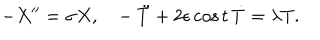
- X ^ { \prime \prime } = \sigma X , \ \ \ - \ddot { T } + 2 \epsilon \cos t \, \dot { T } = \lambda T .